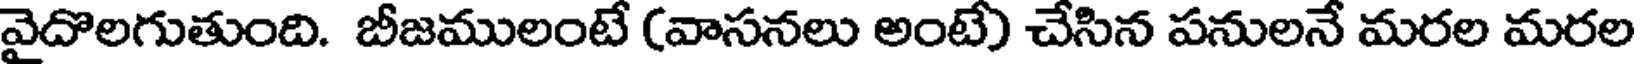
వైదొలగుతుంది. బీజములంటే (వాసనలు అంటే) చేసిన పనులనే మరల మరల